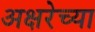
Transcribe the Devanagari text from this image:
अक्षरेच्या